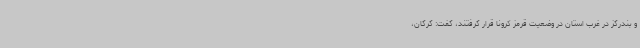
و بندرگز در غرب استان در وضعیت قرمز کرونا قرار گرفتند، گفت: گرگان،